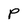
Character: P